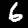
Label: 6